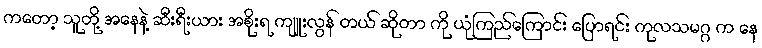
ကတော့ သူတို့ အနေနဲ့ ဆီးရီးယား အစိုးရ ကျူးလွန် တယ် ဆိုတာ ကို ယုံကြည်ကြောင်း ပြောရင်း ကုလသမဂ္ဂ က နေ